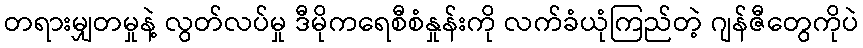
တရားမျှတမှုနဲ့ လွတ်လပ်မှု ဒီမိုကရေစီစံနှုန်းကို လက်ခံယုံကြည်တဲ့ ဂျန်ဇီတွေကိုပဲ